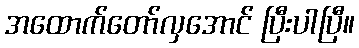
အထောက်တော်လှအောင် ပြီးပါပြီ။